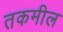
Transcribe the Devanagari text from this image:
तकमील